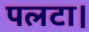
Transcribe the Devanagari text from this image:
पलटा।